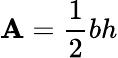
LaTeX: \mathbf{A}={\frac{{1}}{{2}}}bh